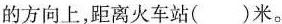
的方向上，距离火车站()米。